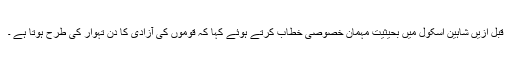
قبل ازیں شاہین اسکول میں بحیثیت مہمان خصوصی خطاب کرتے ہوئے کہا کہ قوموں کی آزادی کا دن تہوار کی طرح ہوتا ہے ۔